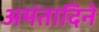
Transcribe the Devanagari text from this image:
अमंतादिने